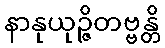
နာနုယုဉ္ဇိတဗ္ဗန္တိ